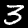
Label: 3